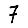
Digit: 7